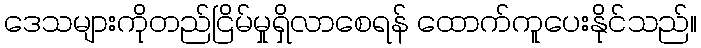
ဒေသများကိုတည်ငြိမ်မှုရှိလာစေရန် ထောက်ကူပေးနိုင်သည်။